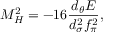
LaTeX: M _ { H } ^ { 2 } = - 1 6 \frac { d _ { \theta } E } { d _ { \sigma } ^ { 2 } f _ { \pi } ^ { 2 } } ,